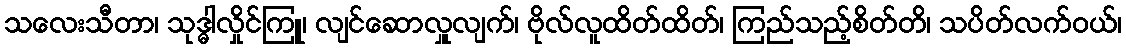
သလေးသီတာ၊ သုဒ္ဓါလှိုင်ကြူ၊ လျင်ဆောလှူလျက်၊ ဗိုလ်လူထိတ်ထိတ်၊ ကြည်သည့်စိတ်တိ၊ သပိတ်လက်ဝယ်၊